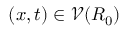
( x , t ) \in \mathcal { V } ( R _ { 0 } )